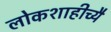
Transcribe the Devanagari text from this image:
लोकशाहीच्यै